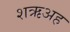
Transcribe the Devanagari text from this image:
शऋअह